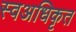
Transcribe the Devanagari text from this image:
स्वअधिकृत